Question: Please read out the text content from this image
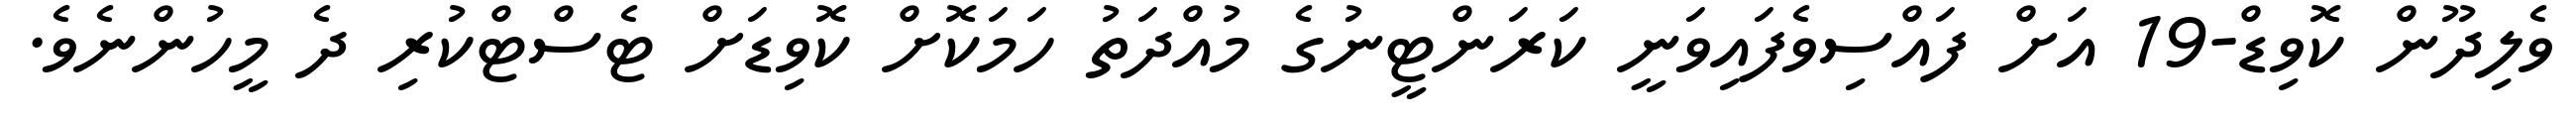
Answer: ވެލިދޫން ކޮވިޑް-19 އަށް ފައްސިވެފައިވަނީ ކަރަންޓީނުގެ މުއްދަތު ހަމަކޮށް ކޮވިޑަށް ޓެސްޓްކުރި ދެ މީހުންނެވެ.